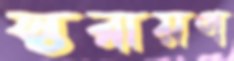
স্তরায়ণ